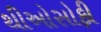
થીઓસોફી